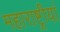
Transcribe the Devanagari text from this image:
महाराष्ट्रीयां